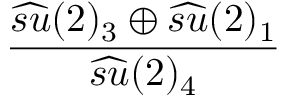
\frac { \widehat { s u } ( 2 ) _ { 3 } \oplus \widehat { s u } ( 2 ) _ { 1 } } { \widehat { s u } ( 2 ) _ { 4 } }